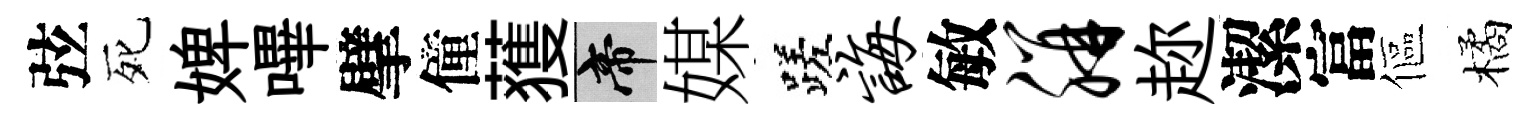
弦死婢嗶擘僮𫉬帝媒蹉诲敏胼趂潔富傴橘